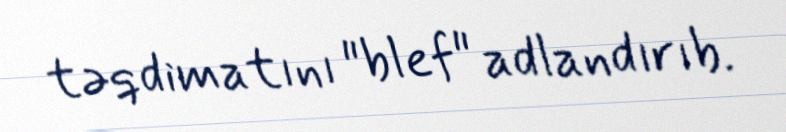
təqdimatını "blef" adlandırıb.